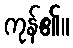
ကုန်၏။